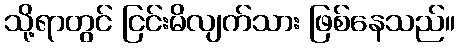
သို့ရာတွင် ငြင်းမိလျက်သား ဖြစ်နေသည်။